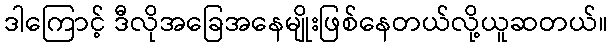
ဒါကြောင့် ဒီလိုအခြေအနေမျိုးဖြစ်နေတယ်လို့ယူဆတယ်။